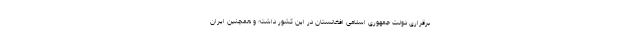
برقراری دولت جمهوری اسلامی افغانستان در این کشور داشته و همچنین ایران